Leaving Certificate Examination, 1918
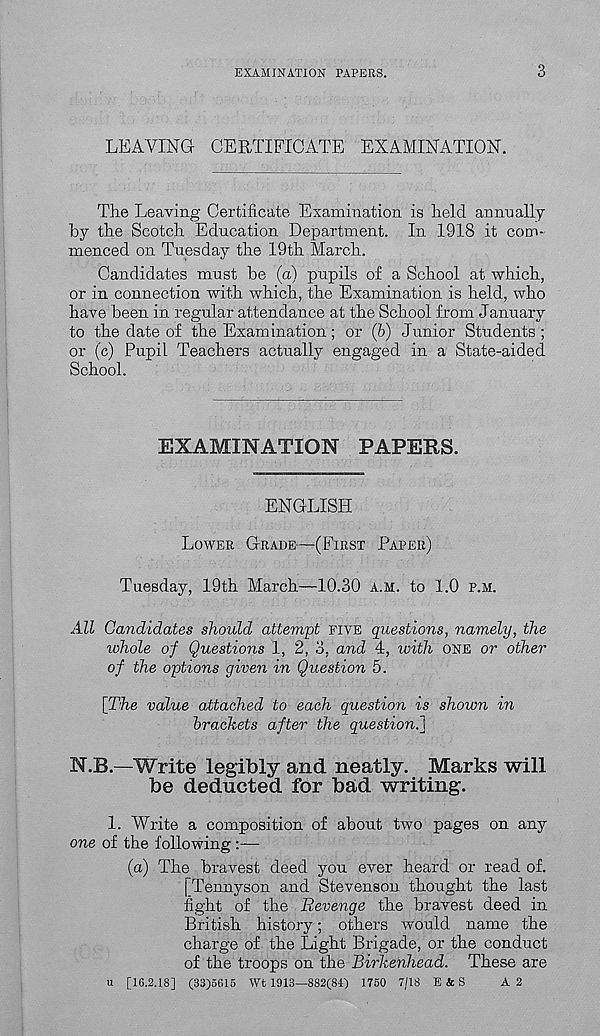
EXAMINATION PAPERS.
3
LEAVING CERTIFICATE EXAMINATION.
The Leaving Certificate Examination is held annually
by the Scotch Education Department. In 1918 it com-
menced on Tuesday the 19th March.
Candidates must be (a) pupils of a School at which,
or in connection with which, the Examination is held, who
have been in regular attendance at the School from January
to the date of the Examination; or (6) Junior Students ;
or (c) Pupil Teachers actually engaged in a State-aided
School.
EXAMINATION PAPERS.
ENGLISH
LOWER GRADE-—(FIRST PAPER)
Tuesday, 19th March—10.30 A.H. to 1.0 P.M.
All Candidates should attempt FIVE questions, namely, the
whole of Questions 1, 2, 3, and 4, with ONE or other
of the options given in Question 5.
[The value attached to each question is shown in
brackets after the question^]
N.B.—Write legibly and neatly. Marks will
be deducted for bad writing.
1. Write a composition of about two pages on any
one of the following —
(a) The bravest deed you ever heard or read of.
[Tennyson and Stevenson thought the last
fight of the Revenge the bravest deed in
British history; others would name the
charge of the Light Brigade, or the conduct
of the troops on the Birkenhead. These are
u [16.2.18] (33)5616 Wt 1913—882(84) 1750 7/18 E & S
A 2